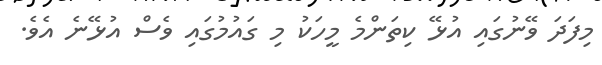
މިފަދަ ވޭނުގައި އުޅޭ ކިތަންމެ މީހަކު މި ގައުމުގައި ވެސް އުޅޭނެ އެވެ.